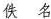
佚名